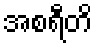
အစရီတိ